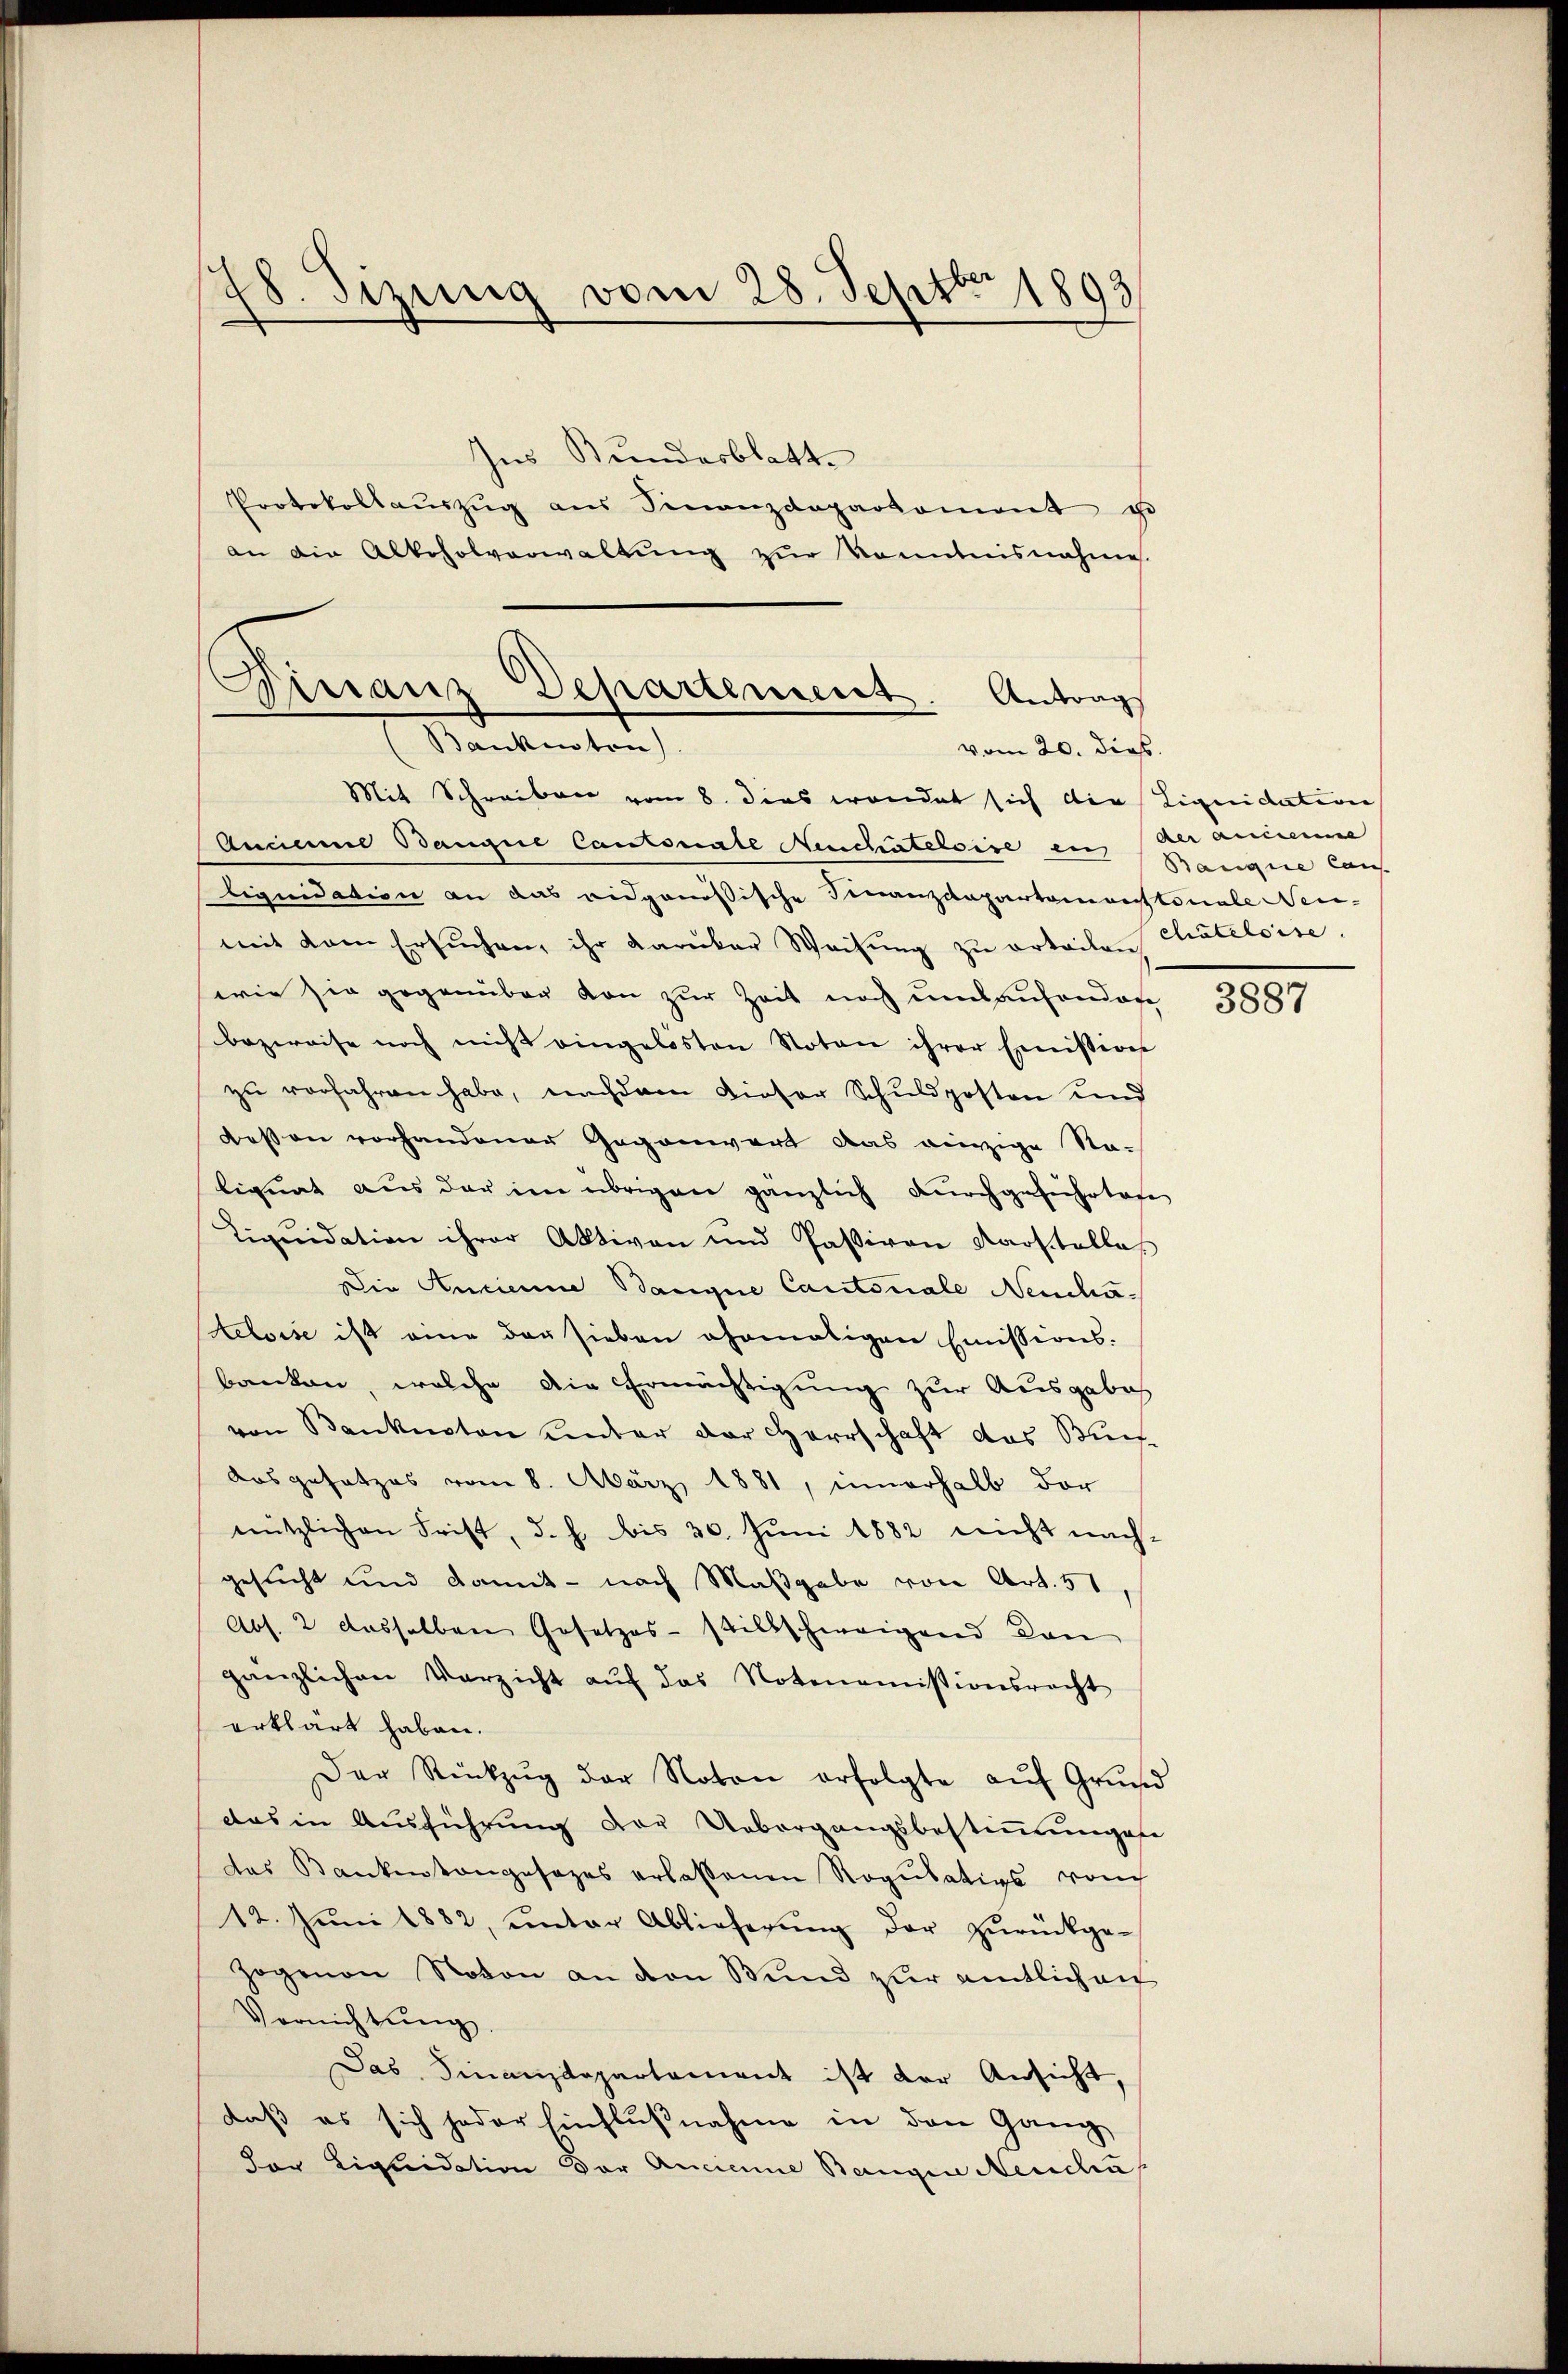
78. Sizung vom 28. Septbr. 1893

Ins Bundesblatt.
Protokollaŭszŭg aŭs Finanzdeparkoment ge
an die Alkoholverwaltŭng zŭr konntnisnahmes.

Finanz Departement. Antrag
Bankenten).
vom 20. dies

Mit Schreiben vom 8. dies wendet sich die Liquidation
Anciemme Bangue Cantonale Neuchâteloise ein Rangine Lan
Liquidation an das eidgenössische Finanzdepartemontonale Neu-
mit dem Ersuchen, ihr daruker Weisŭng zu erteilen Chateloise
wie sie gegenüber von zur Zeit noch umlaufenden
bezweife noch nicht eingelösten Noten ihrer Emission
zu verfahren habe, nachdem Dieser Schuldposten und
dessen vorhandener Gegenwart das einzige Nalignat aus der im übrigen gänzlich durchgeführtere
Liquidation ihrer Aktiven und Passiven Karstelles
Die Ancienne Bangue Cantonale Nendhateloise ist eine der sieben ehemaligen Emissions-
banken, welche die Ermächtigung zur Ausgabes
von Banknoten unter der Herrschaft das Buche
Ausgesetzes vom 8. März 1881, innerhalb der
nützlichen Frist, d. h. bis 30. Juni 1882 nicht nachgesucht und damit - nach Maßgabe von Art. 51,
Abs. 2 dasselben Gesetzes-stillschweigend dan
gänzlichen Verzicht aŭf das Notenemissionsrecht
erklärt haben.
Der Rückzŭg der Noton erfolgte aŭf Grŭnd
das in Aŭsführŭng der Uebergangsbestimmungese
das Bankentangesages erlassenen Regŭlativs von
12. Jŭni 1882, unter Ablieferŭng der zŭrückge-
Hogmon Noton an den Bund zur amtlich aus
Vernichtung.
Das Finanzdepartement ist der Ansicht,
daß es sich jeder Einflußnahme in den Gang
der Liquidation der Ancienne Bangen Neudru

der Ancienne

3887